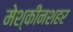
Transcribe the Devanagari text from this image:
मेश्कीनशहर